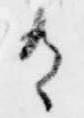
有